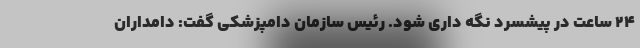
۲۴ ساعت در پیشسرد نگه داری شود. رئیس سازمان دامپزشکی گفت: دامداران